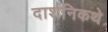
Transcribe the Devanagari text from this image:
दार्शनिकथे